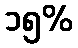
၁၅%